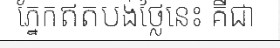
ភ្នែកឥតបង់ថ្លៃនេះ គឺជា